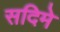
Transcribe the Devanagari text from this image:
सदिमे